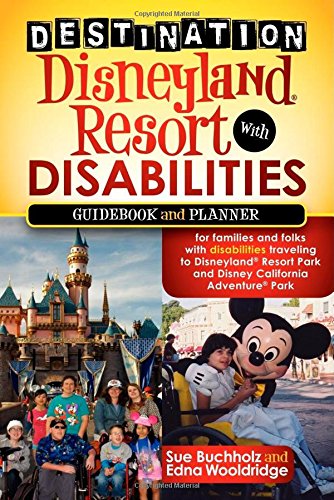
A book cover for Destination Disneyland Resort with Disabilities: A Guidebook and Planner for Families and Folks with Disabilities traveling to Disneyland Resort Park and Disney California Adventure Park; Sue Buchholz; Travel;